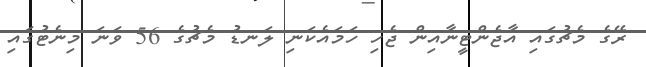
ރޭގެ މެޗުގައި އާޖެންޓީނާއިން ޖެހި ހަމައެކަނި ލަނޑު މެޗުގެ 56 ވަނަ މިނެޓުގައި